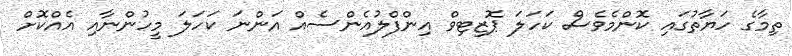
ތިމާގެ ހަޔާތުގައި ކޮންމެވެސް ކަހަލަ ޕޮޒިޓިވް އިންފްލުއެންސެއް އަންނަ ކަހަލަ މީހުންނާއި އެއްކޮށް